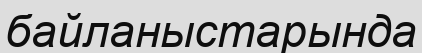
байланыстарында